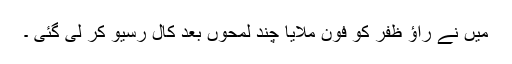
میں نے راﺅ ظفر کو فون ملایا چند لمحوں بعد کال رسیو کر لی گئی ۔